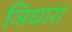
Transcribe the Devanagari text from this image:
ञिधारा